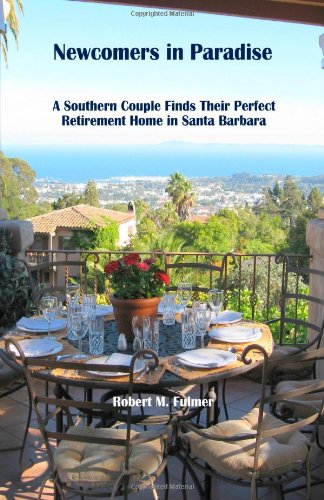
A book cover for Newcomers in Paradise: A Southern Couple Finds Their Perfect Retirement Home in Santa Barbara; Robert M. Fulmer; Travel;